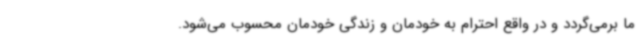
ما برمی‌گردد و در واقع احترام به خودمان و زندگی خودمان محسوب می‌شود.